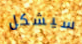
سيشكل